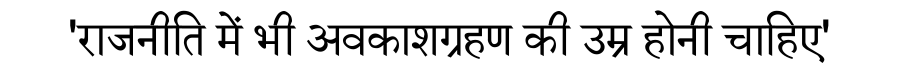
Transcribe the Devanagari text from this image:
'राजनीति में भी अवकाशग्रहण की उम्र होनी चाहिए'